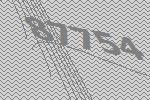
87754